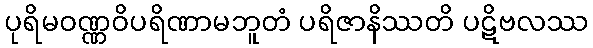
ပုရိမဝဏ္ဏဝိပရိဏာမဘူတံ ပရိဇာနိဿတိ ပဋိဗလဿ